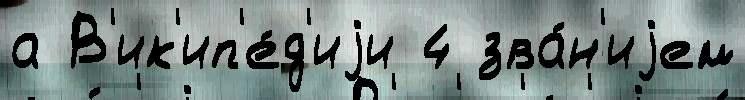
а В'ик'ип'е́д'иjи 4 зва́н'иjем